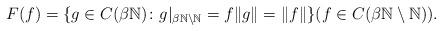
LaTeX: \begin{align*}F(f) = \{g\in C(\beta \mathbb N)\colon g|_{\beta \mathbb N\setminus \mathbb{N}} = f \|g\|=\|f\|\}(f\in C(\beta \mathbb{N}\setminus \mathbb{N})).\end{align*}